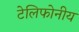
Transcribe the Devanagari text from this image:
टेलिफोनीय